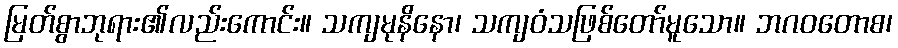
မြတ်စွာဘုရား၏လည်းကောင်း။ သကျမုနိနော၊ သကျဝံသဖြစ်တော်မူသော။ ဘဂဝတောစ၊